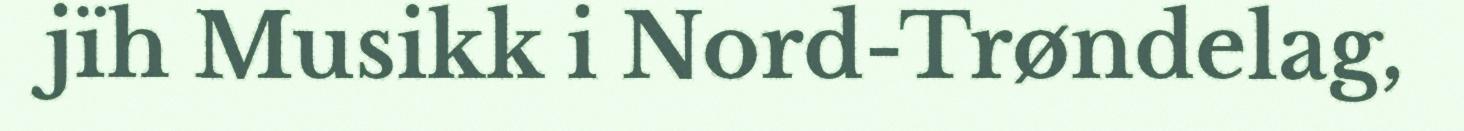
jïh Musikk i Nord-Trøndelag,